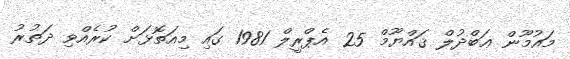
މައުމޫން ޢަބްދުލް ޤައްޔޫމް 25 އެޕްރީލް 1981 ގައި މިއަތޮޅަށް ކުރެއްވި ދަތުރު